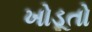
ખોડૂતો